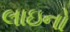
લાઇનો